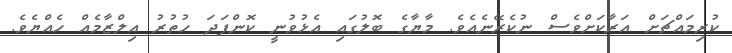
ކުރިމައްޗަށް އަރާކަަށްވެސް ނުކެރޭނެއެވެ. މާޔާގެ ބޮލުގައި އެޅުވުނީ ކޮންފަދަަ ހުތުރު އިލްޒާމެއް ހެއްޔެވެ.